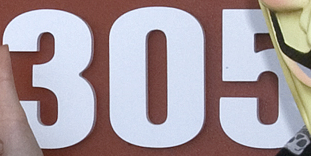
305